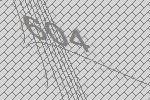
604